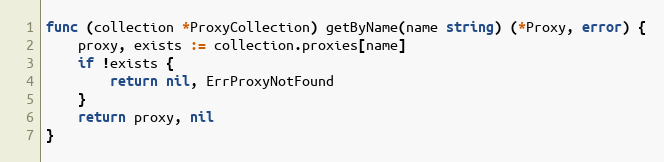
Language: Go
func (collection *ProxyCollection) getByName(name string) (*Proxy, error) {
	proxy, exists := collection.proxies[name]
	if !exists {
		return nil, ErrProxyNotFound
	}
	return proxy, nil
}